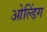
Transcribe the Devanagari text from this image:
ओल्डिंग